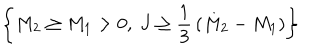
LaTeX: \left\{ M _ { 2 } \ge M _ { 1 } > 0 , ~ J \ge { \frac { 1 } { 3 } } \left( M _ { 2 } - M _ { 1 } \right) \right\}